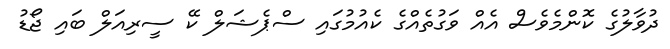
ދުވާލުގެ ކޮންމެވެސް އެއް ވަގުތެއްގެ ކެއުމުގައި ސްޕެޝަލް ކޭ ސީރިއަލް ބައި ޖޯޑު